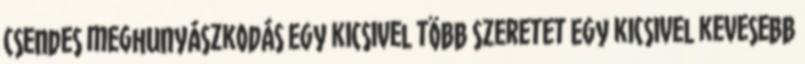
csendes meghunyászkodás Egy kicsivel több szeretet Egy kicsivel kevesebb